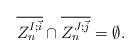
LaTeX: \begin{align*}\overline{Z_n^{I;\vec{i}}} \cap \overline{Z_n^{J;\vec{j}}} = \emptyset.\end{align*}